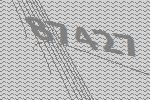
87427